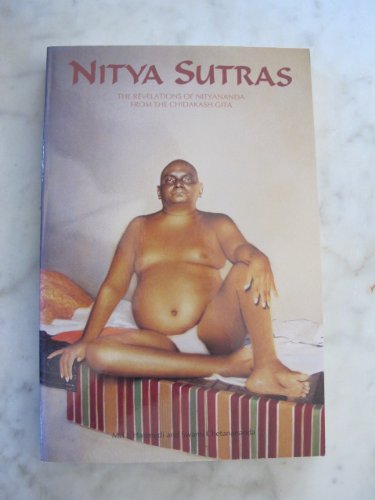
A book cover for Nitya Sutras: The Revelations of Nityananda from the Chidakash Gita; M. U. Hatengdi; Religion & Spirituality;